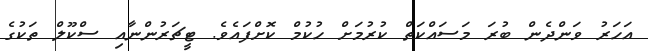
އަހަރު ވަންދެން ބުރަ މަސައްކަތް ކުރުމަށް ހުކުމް ކޮށްފައެވެ. ޓީޗަރުންނާއި ސްކޫލް ތަކުގެ